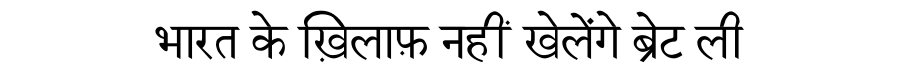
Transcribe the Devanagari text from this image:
भारत के ख़िलाफ़ नहीं खेलेंगे ब्रेट ली